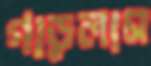
গাড়লাম